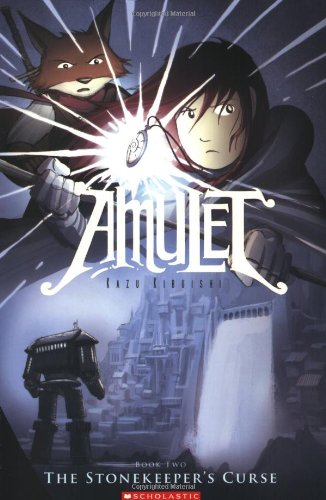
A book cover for The Stonekeeper's Curse (Amulet #2); Kazu Kibuishi; Children's Books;